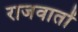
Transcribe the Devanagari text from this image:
राजवातों